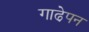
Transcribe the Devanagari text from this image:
गाढे़पन